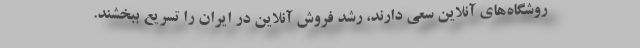
روشگاه‌های آنلاین سعی دارند، رشد فروش آنلاین در ایران را تسریع ببخشند.